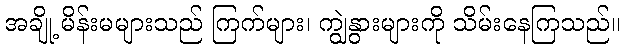
အချို့ မိန်းမများသည် ကြက်များ၊ ကျွဲနွားများကို သိမ်းနေကြသည်။